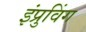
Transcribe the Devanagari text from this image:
इंप्रुविंग